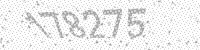
Solution: 178275